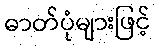
ဓာတ်ပုံများဖြင့်